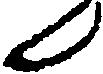
ん